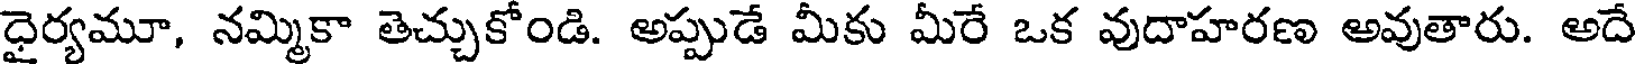
ధైర్యమూ, నమ్మికా తెచ్చుకోండి. అప్పుడే మీకు మీరే ఒక వుదాహరణ అవుతారు. అదే